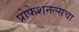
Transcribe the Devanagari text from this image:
प्रोफेशनल्सचा